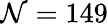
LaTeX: \mathcal{N}=149